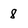
Character: 8